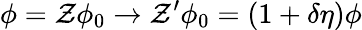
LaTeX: \phi=\mathcal{Z}\phi_{0}\to\mathcal{Z}^{\prime}\phi_{0}=(1+\delta\eta)\phi